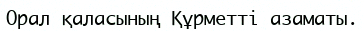
Орал қаласының Құрметті азаматы.